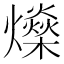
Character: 𤒇